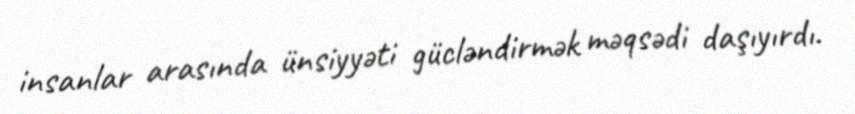
insanlar arasında ünsiyyəti gücləndirmək məqsədi daşıyırdı.